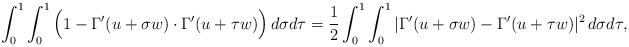
LaTeX: \begin{align*}\int_0^1\int_0^1\Big(1-\Gamma'(u+\sigma w)\cdot\Gamma'(u+\tau w)\Big)\,d\sigma d\tau=\frac 12\int_0^1\int_0^1|\Gamma'(u+\sigma w)-\Gamma'(u+\tau w)|^2\,d\sigma d\tau, \end{align*}